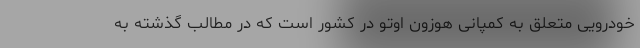
خودرویی متعلق به کمپانی هوزون اوتو در کشور است که در مطالب گذشته به